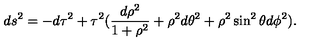
d s ^ { 2 } = - d \tau ^ { 2 } + \tau ^ { 2 } ( \frac { d \rho ^ { 2 } } { 1 + \rho ^ { 2 } } + \rho ^ { 2 } d \theta ^ { 2 } + \rho ^ { 2 } \sin ^ { 2 } \theta d \phi ^ { 2 } ) .